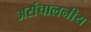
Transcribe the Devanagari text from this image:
असंचालनीय